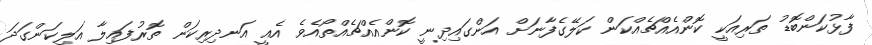
ފާޅުކަންބޮޑު ތަރިއަކީ ކޮންއެއްޗެއްކަން ކަލޭގެފާނަށް އަންގައިދިނީ ކޮންއެއްޗެއްތޯއެވެ އެއީ އަނދިރިކަން ތޮރުފައިލާ އަލިކަންގަދަ